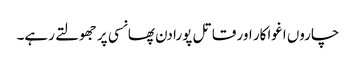
چاروں اغواکار اور قاتل پورا دن پھانسی پر جھولتے رہے۔